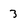
Character: 3